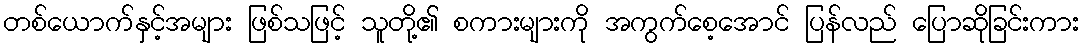
တစ်ယောက်နှင့်အများ ဖြစ်သဖြင့် သူတို့၏ စကားများကို အကွက်စေ့အောင် ပြန်လည် ပြောဆိုခြင်းကား